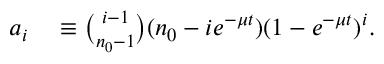
\begin{array} { r l } { a _ { i } } & { { } \equiv { \binom { i - 1 } { n _ { 0 } - 1 } } ( n _ { 0 } - i e ^ { - \mu t } ) ( 1 - e ^ { - \mu t } ) ^ { i } . } \end{array}